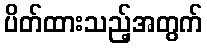
ပိတ်ထားသည့်အတွက်